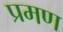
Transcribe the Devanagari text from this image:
प्रमण